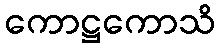
ကောဋ္ဌကောသိ